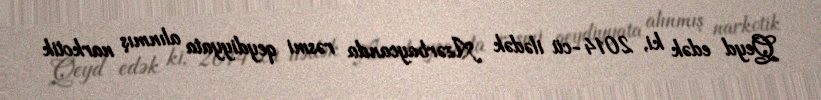
Qeyd edək ki, 2014-cü ilədək Azərbaycanda rəsmi qeydiyyata alınmış narkotik